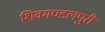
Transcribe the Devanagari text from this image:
शिवमण्डलपुरी